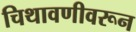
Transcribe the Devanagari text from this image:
चिथावणीवरून